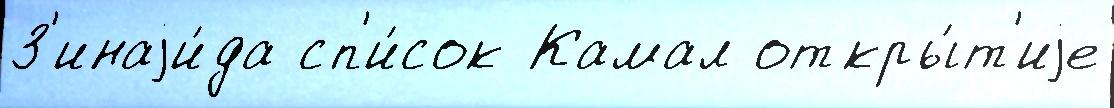
З'инаjи́да сп'и́сок Камал откры́т'иjе